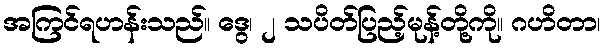
အကြင်ရဟန်းသည်။ ဒွေ၊ ၂ သပိတ်ပြည့်မုန့်တို့ကို။ ဂဟိတာ၊